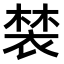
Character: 𧛀